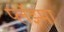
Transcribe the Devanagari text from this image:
प्लॅझ्मा